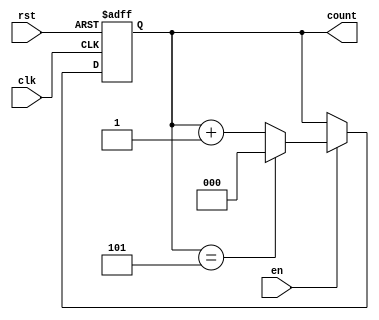
module binCounter #(parameter x = 3, n = 6)(
input clk, rst, en,
output [x - 1:0] count
    );
    reg [x - 1:0] count;
    always @ (posedge clk or posedge rst) begin
    
    if (rst)
        count <= 0;
        
    else if (en) begin
    
        if (count == n-1)
            count <=0;
            
        else
            count <= count + 1;
        end
        
    end
     
endmodule